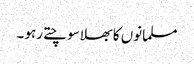
مسلمانوں کا بھلا سوچتے رہو ۔